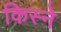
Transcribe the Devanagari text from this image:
किस्ने